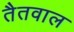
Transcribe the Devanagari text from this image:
तैतवाल